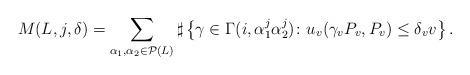
LaTeX: \begin{align*}M(L,j,\delta) = \sum_{\alpha_1,\alpha_2\in \mathcal{P}(L)} \sharp\left\{\gamma \in \Gamma(i,\alpha_1^j\alpha_2^j) \colon u_v(\gamma_vP_v,P_v)\leq \delta_v v \right\}. \end{align*}